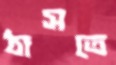
ঠাসতে